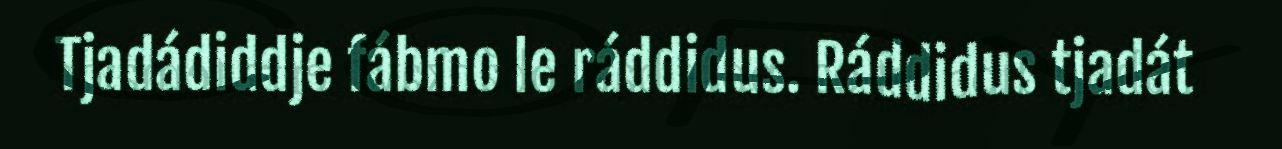
Tjadádiddje fábmo le ráddidus. Ráddidus tjadát